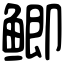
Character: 鲫